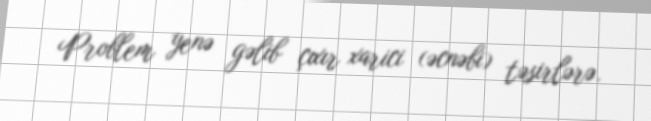
Problem yenə gəlib çıxır xarici (əcnəbi) təsirlərə.